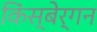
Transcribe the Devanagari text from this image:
किंस्बेर्गन